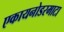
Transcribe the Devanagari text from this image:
एकायनोडरमाटा